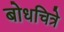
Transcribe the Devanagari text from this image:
बोधचित्रे